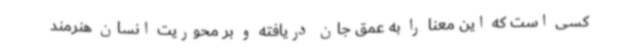
کسی است که این معنا را به عمق جان دریافته و بر محوریت انسان هنرمند